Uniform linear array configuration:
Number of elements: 4
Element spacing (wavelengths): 0.75
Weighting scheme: blackman
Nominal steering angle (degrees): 30
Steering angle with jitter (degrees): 31.661
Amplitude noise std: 0.05
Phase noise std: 0.05

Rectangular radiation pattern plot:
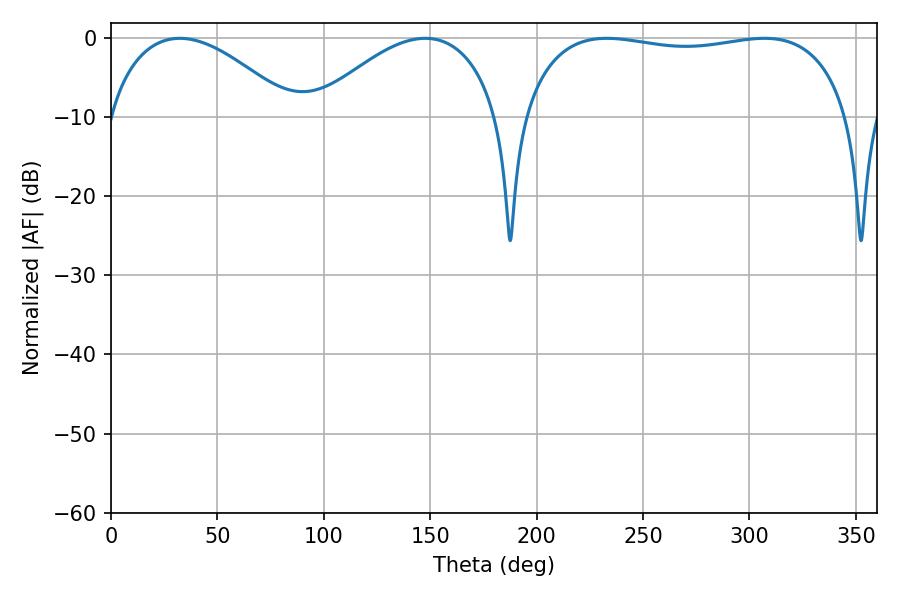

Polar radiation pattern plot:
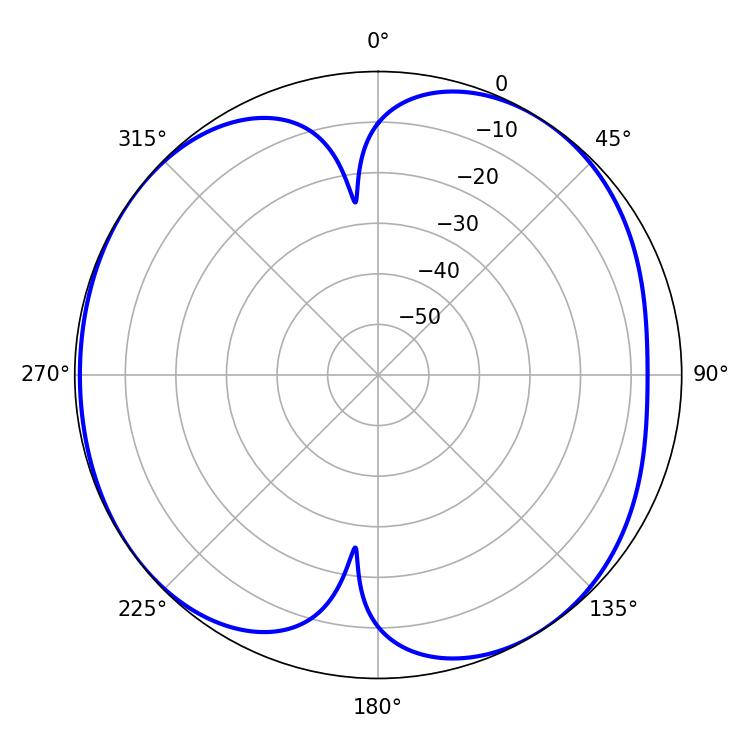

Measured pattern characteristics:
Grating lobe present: TRUE
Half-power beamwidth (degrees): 124.56
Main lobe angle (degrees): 232.92